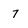
Character: 7